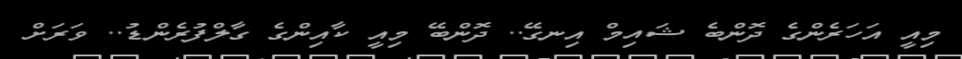
މިއީ އަހަރެންގެ ދޮންބެ ޝައިމް އިނގޭ.. ދޮންބޭ މިއީ ކާއިންގެ ގާލްފުރެންޑު.. ވަރަށް